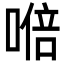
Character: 𭉩